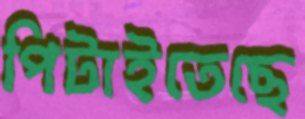
পিটাইতেছে